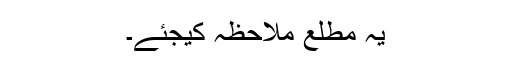
یہ مطلع ملاحظہ کیجئے۔